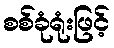
စစ်ခုံရုံးဖြင့်